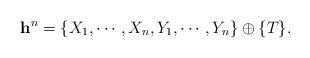
LaTeX: \begin{align*} \begin{aligned} \mathbf{h}^n=\{X_1,\cdots,X_n,Y_1,\cdots,Y_n\}\oplus\{T\}. \end{aligned}\end{align*}